65_HS1-834228961_62-HQ-83894_Section_4
Agency: FBI
Page 35
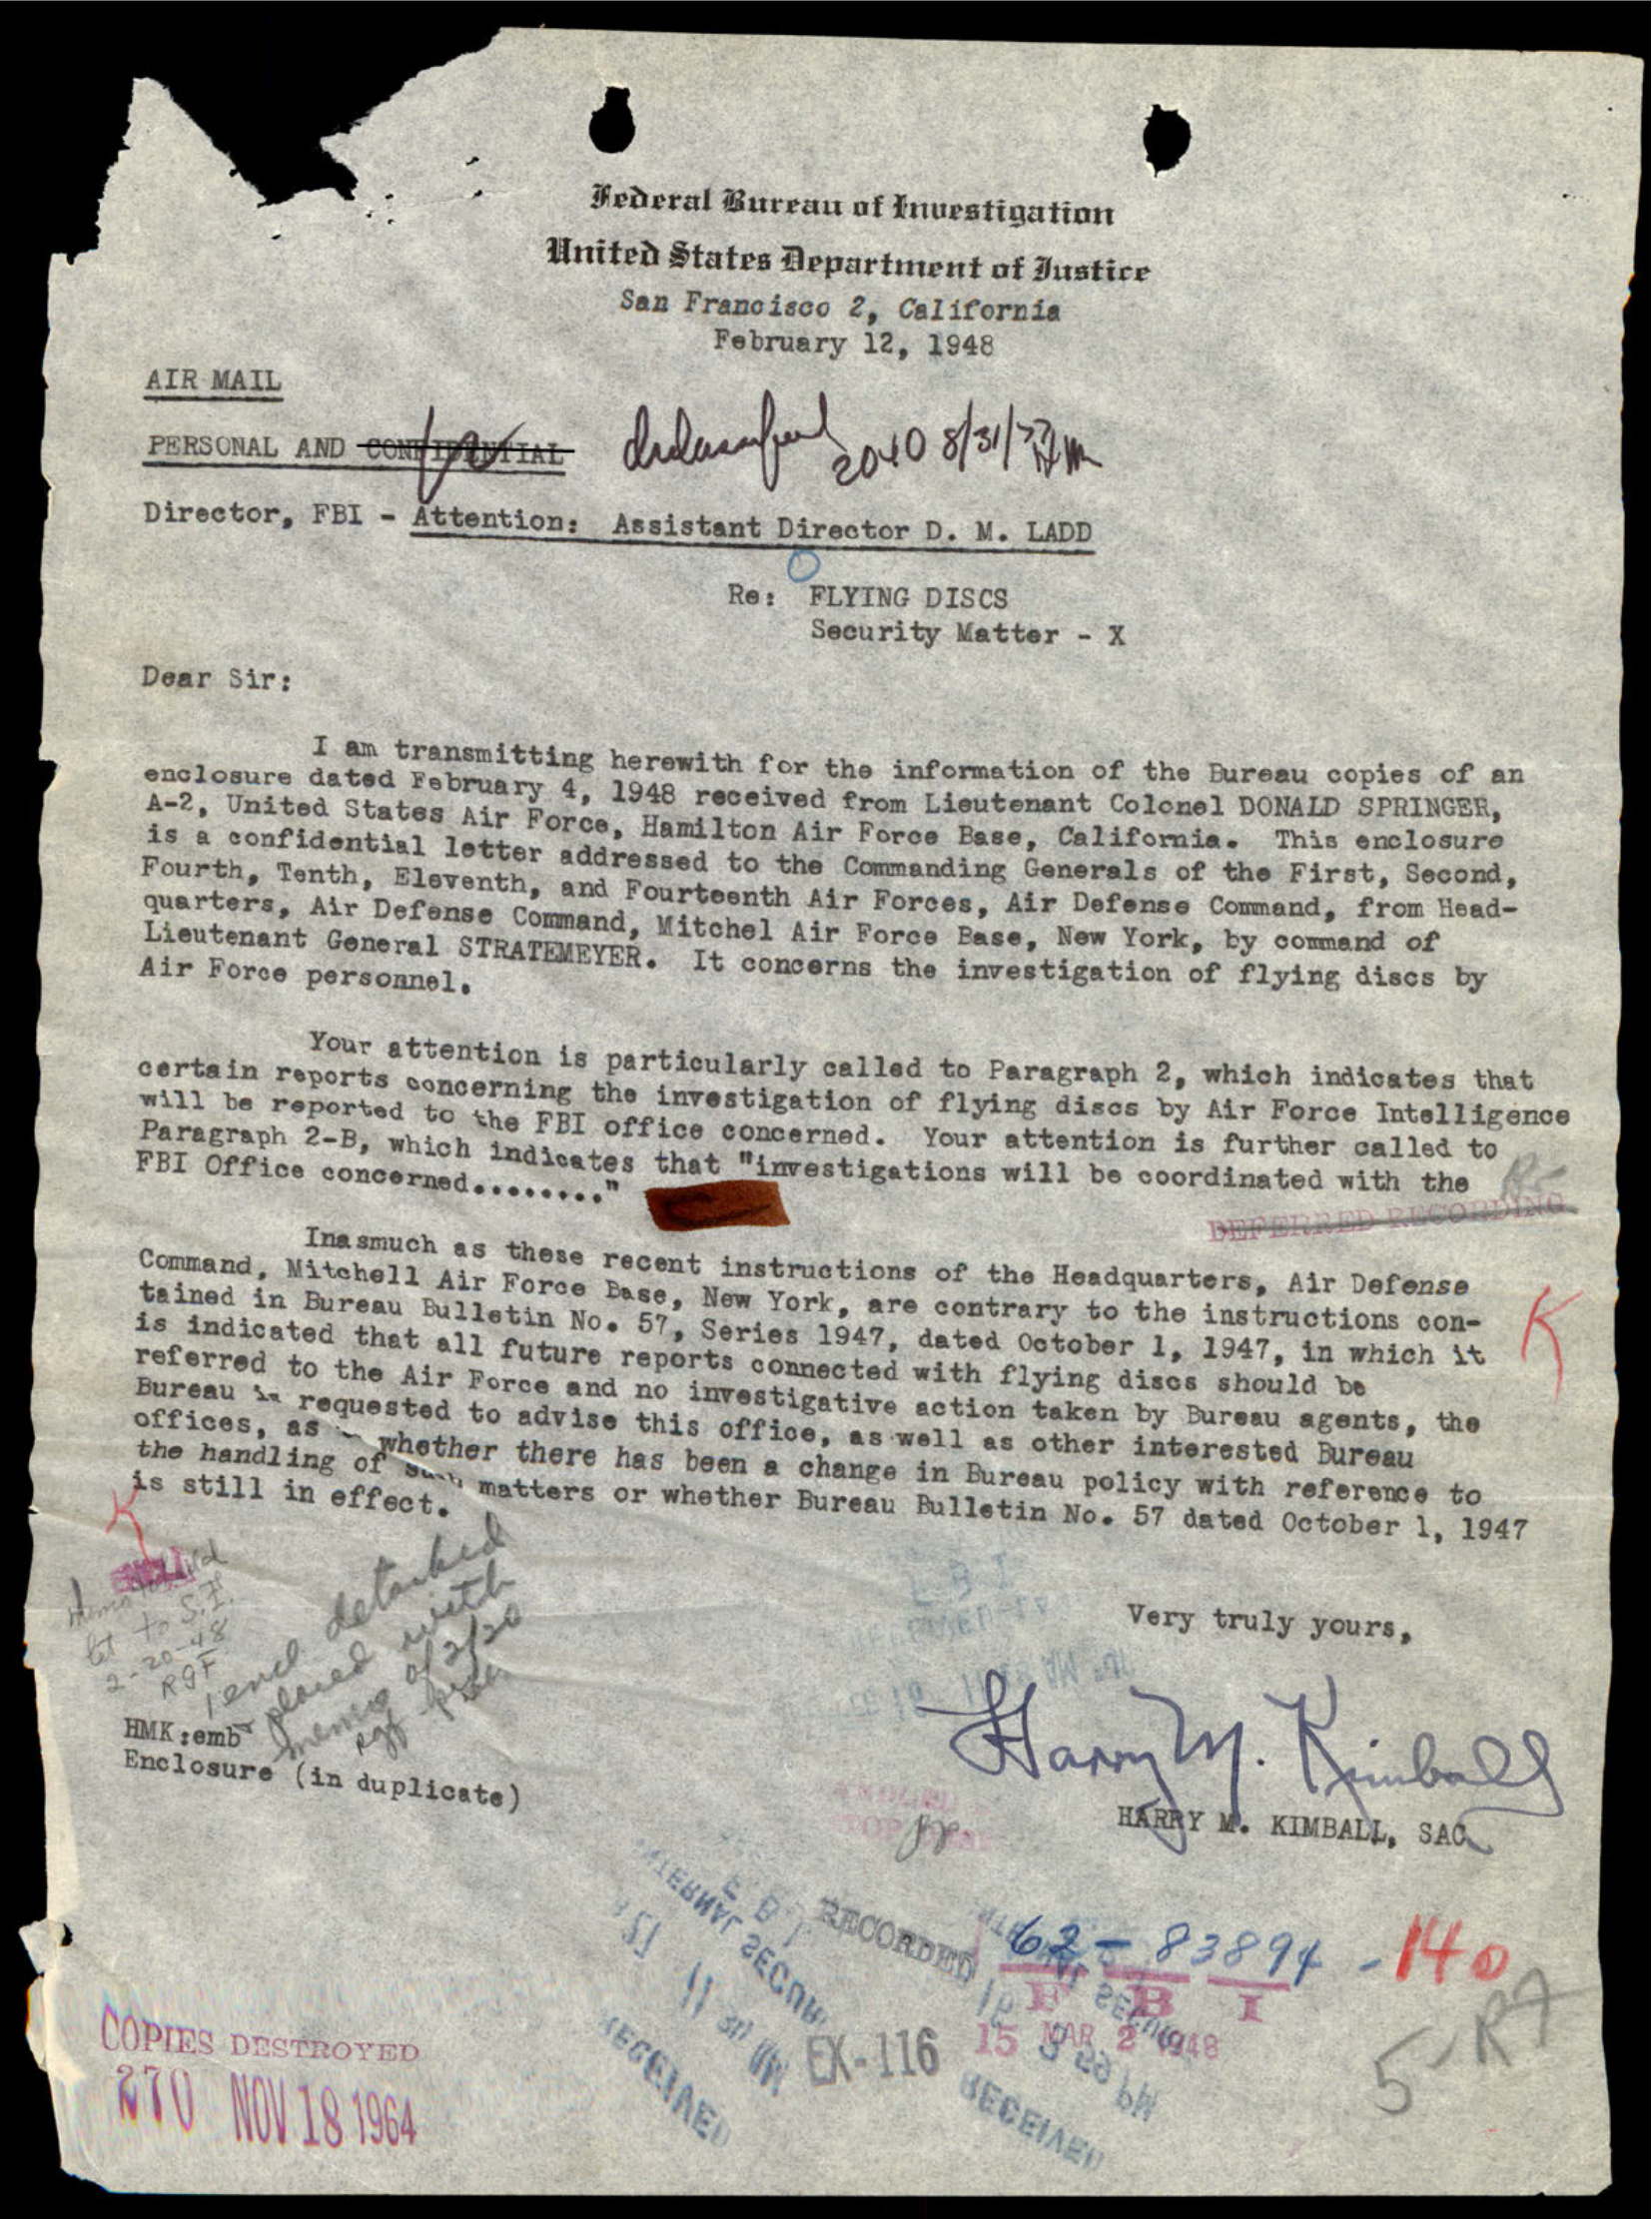